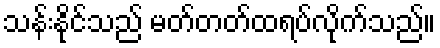
သန်းနိုင်သည် မတ်တတ်ထရပ်လိုက်သည်။